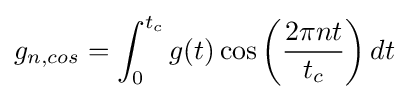
g_{n,cos}=\int _{0}^{t_{c}}{g(t)\cos \left({{2\pi nt} \over {t_{c}}}\right)dt}